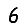
Digit: 6